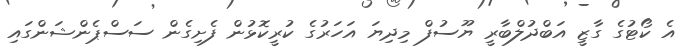
އެ ކޯޓުގެ ގާޒީ އަބްދުލްބާރީ ޔޫސުފް މިދިޔަ އަހަރުގެ ކުރީކޮޅުން ފެށިގެން ސަސްޕެންޝަންގައި